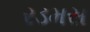
રડમસ